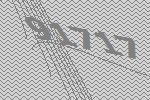
91717